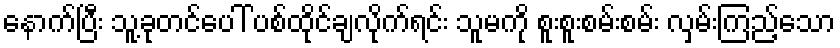
နောက်ပြီး သူ့ခုတင်ပေါ် ပစ်ထိုင်ချလိုက်ရင်း သူမကို စူးစူးစမ်းစမ်း လှမ်းကြည့်သော